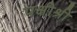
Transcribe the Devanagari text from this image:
पक्षीश्री